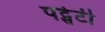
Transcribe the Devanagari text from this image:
पट्सेटी